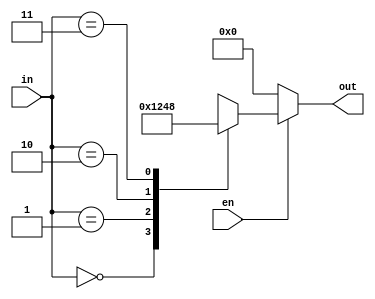
module Decode24 (
    input en,
    input [1:0] in,
    output reg [3:0] out
);
    always @(en, in) begin
        if (en) begin
            case (in)
                2'b00:   out = 4'b0001;
                2'b01:   out = 4'b0010;
                2'b10:   out = 4'b0100;
                2'b11:   out = 4'b1000;
                default: out = 4'bxxxx;
            endcase
        end else out = 4'b0000;
    end
endmodule


module Decode24_tb;
    reg en_r;
    reg [1:0] in_r;
    wire [3:0] out_w;

    Decode24 uut (
        .en (en_r),
        .in (in_r),
        .out(out_w)
    );

    initial begin
        #10 begin
            en_r = 1'b0;
            in_r = 2'b00;
        end

        #10 begin
            en_r = 1'b1;
            in_r = 2'b00;
        end

        #10 begin
            en_r = 1'b1;
            in_r = 2'b01;
        end

        #10 begin
            en_r = 1'b1;
            in_r = 2'b10;
        end

        #10 begin
            en_r = 1'b1;
            in_r = 2'b11;
        end

        #10 begin

        end
    end

    initial begin
        $dumpfile("wave.vcd");
        $dumpvars;
    end
endmodule